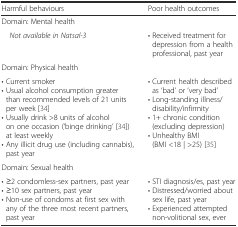
| Harmful behaviours | Poor health outcomes |
 | --- | --- |
 | <COLSPAN=2> Domain: Mental health |
 | Not available in Natsal-3 | • Received treatment for depression from a health professional, past year |
 | <COLSPAN=2> Domain: Physical health |
 | • Current smoker• Usual alcohol consumption greater than recommended levels of 21 units per week [34]• Usually drink >8 units of alcohol on one occasion (‘binge drinking’ [34]) at least weekly• Any illicit drug use (including cannabis), past year | • Current health described as ‘bad’ or ‘very bad’• Long-standing illness/disability/infirmity• 1+ chronic condition (excluding depression)• Unhealthy BMI (BMI <18 | >25) [35] |
 | <COLSPAN=2> Domain: Sexual health |
 | • ≥2 condomless-sex partners, past year• ≥10 sex partners, past year• Non-use of condoms at first sex with any of the three most recent partners, past year | • STI diagnosis/es, past year• Distressed/worried about sex life, past year• Experienced attempted non-volitional sex, ever |